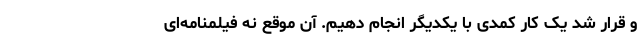
و قرار شد یک کار کمدی با یکدیگر انجام دهیم. آن موقع نه فیلمنامه‌ای